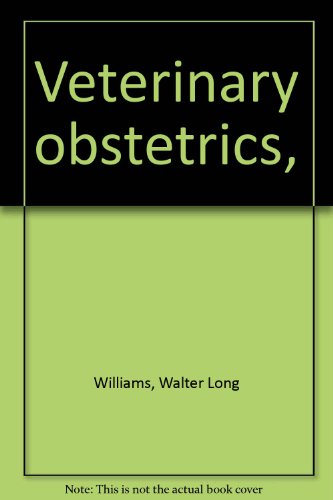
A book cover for Veterinary obstetrics,; Walter Long Williams; Medical Books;